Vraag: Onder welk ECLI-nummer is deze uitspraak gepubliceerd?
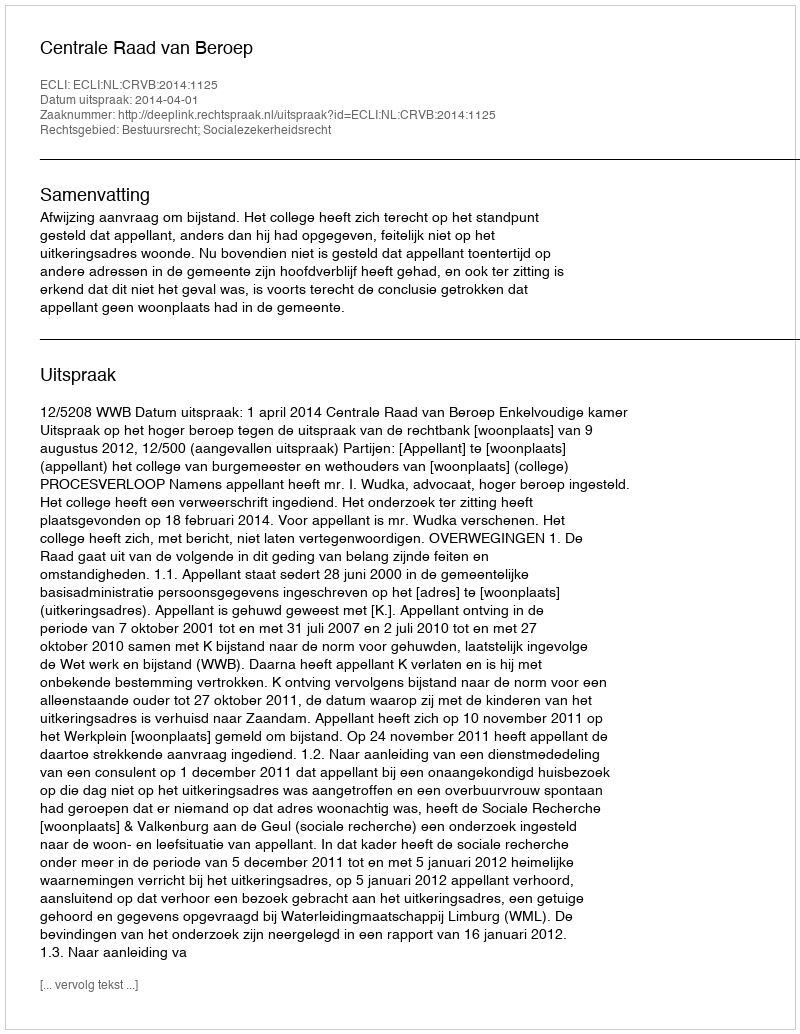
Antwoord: ECLI:NL:CRVB:2014:1125